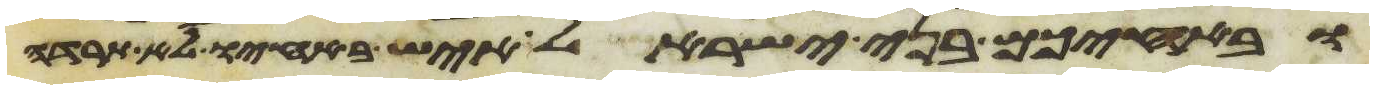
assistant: ובאחיכם בני ישראל איש באחיו לא תרדה